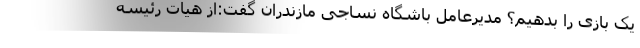
یک بازی را بدهیم؟ مدیرعامل باشگاه نساجی مازندران گفت:از هیات رئیسه